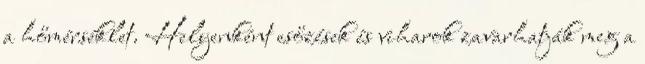
a hőmérséklet. Helyenként esőzések és viharok zavarhatják meg a